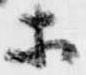
等